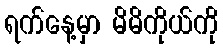
ရက်နေ့မှာ မိမိကိုယ်ကို